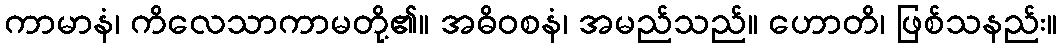
ကာမာနံ၊ ကိလေသာကာမတို့၏။ အဓိဝစနံ၊ အမည်သည်။ ဟောတိ၊ ဖြစ်သနည်း။